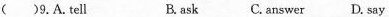
( )9.A.tell B. ask C. answer D. Say